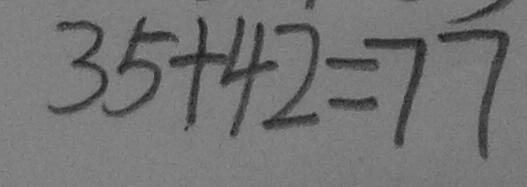
3 5 + 4 2 = 7 7